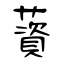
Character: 薋